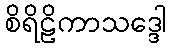
စိရိဠိကာသဒ္ဒေါ